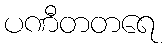
ပဏီတတရေ